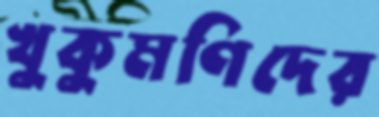
খুকুমণিদের